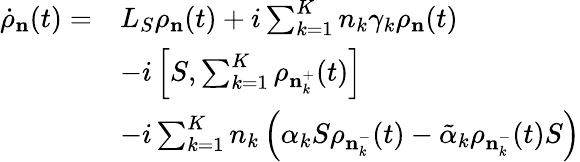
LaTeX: \begin{array}{rl}{{{{\dot{\rho}}}_{\mathbf{n}}}(t)=}&{{{L}_{S}}{{\rho}_{\mathbf{n}}}(t)+i\sum_{k=1}^{K}{{{n}_{k}}{{\gamma}_{k}}{{\rho}_{\mathbf{n}}}}(t)}\\ &{-i\left[S,\sum_{k=1}^{K}{{{\rho}_{\mathbf{n}_{k}^{+}}}(t)}\right]}\\ &{-i\sum_{k=1}^{K}{{{n}_{k}}\left({{\alpha}_{k}}{{S}}{{\rho}_{\mathbf{n}_{k}^{-}}}(t)-{{{\tilde{\alpha}}}_{k}}{{\rho}_{\mathbf{n}_{k}^{-}}}(t)S\right)}}\end{array}